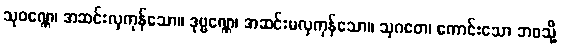
သုဝဏ္ဏေ၊ အဆင်းလှကုန်သော။ ဒုဗ္ဗဏ္ဏေ၊ အဆင်းမလှကုန်သော။ သုဂတေ၊ ကောင်းသော ဘဝသို့